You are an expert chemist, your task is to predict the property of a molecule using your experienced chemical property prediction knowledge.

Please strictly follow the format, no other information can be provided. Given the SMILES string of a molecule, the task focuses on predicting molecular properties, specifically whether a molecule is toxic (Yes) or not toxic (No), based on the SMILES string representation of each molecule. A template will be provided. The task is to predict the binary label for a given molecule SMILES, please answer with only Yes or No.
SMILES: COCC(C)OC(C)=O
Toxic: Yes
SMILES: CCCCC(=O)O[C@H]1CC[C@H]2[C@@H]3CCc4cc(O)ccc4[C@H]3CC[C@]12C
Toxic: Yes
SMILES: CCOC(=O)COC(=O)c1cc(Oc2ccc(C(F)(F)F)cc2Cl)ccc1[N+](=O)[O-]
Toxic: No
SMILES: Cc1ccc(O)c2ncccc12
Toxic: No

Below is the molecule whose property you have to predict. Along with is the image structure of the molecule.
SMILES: CC(C)NCC(O)c1ccc2ccccc2c1
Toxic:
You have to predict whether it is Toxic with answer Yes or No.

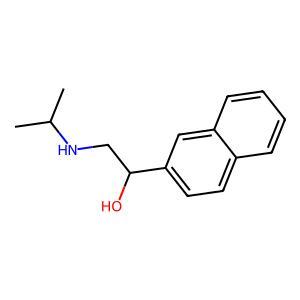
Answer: No